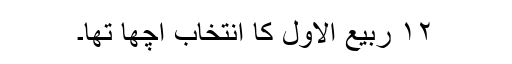
۱۲ ربیع الاوّل کا انتخاب اچھا تھا۔